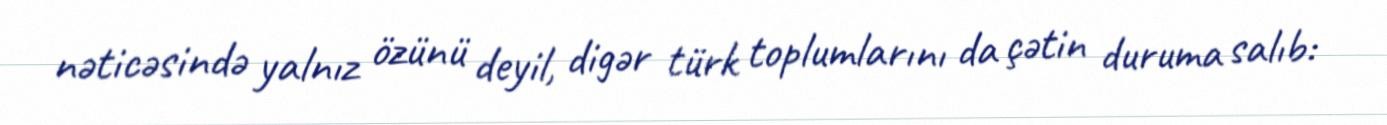
nəticəsində yalnız özünü deyil, digər türk toplumlarını da çətin duruma salıb: